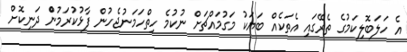
އެ ހަލަބޮލިކަމުގެ ތެރޭގައި އެތަކެއް ބަޔަކު މަގުމައްޗަށް ނުކުމެ ހިތްހަމަނުޖެހުން ފާޅުކުރަމުންް ދަނިކޮށް